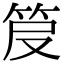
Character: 𥬖